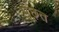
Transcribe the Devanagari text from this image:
पूछ़त